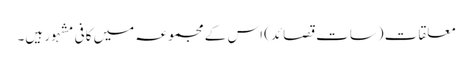
معلقات (سات قصائد) اس کے مجموعہ میں کافی مشہور ہیں۔